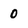
Character: 0